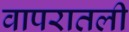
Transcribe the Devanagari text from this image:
वापरातली